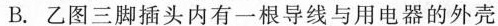
B.乙图三脚插头内有一根导线与用电器的外壳